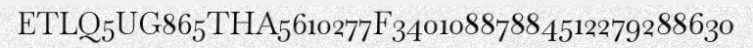
ETLQ5UG865THA5610277F34010887884512279288630